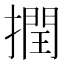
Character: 撋